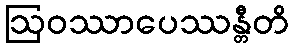
ဩဝဿာပေဿန္တီတိ